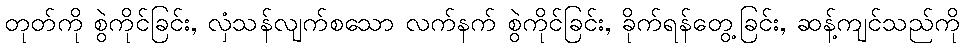
တုတ်ကို စွဲကိုင်ခြင်း, လှံသန်လျက်စသော လက်နက် စွဲကိုင်ခြင်း, ခိုက်ရန်တွေ့ခြင်း, ဆန့်ကျင်သည်ကို